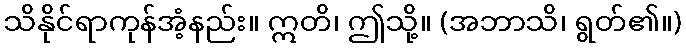
သိနိုင်ရာကုန်အံ့နည်း။ ဣတိ၊ ဤသို့။ (အဘာသိ၊ ရွတ်၏။)